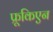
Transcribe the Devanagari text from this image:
फ्रूकिएन